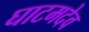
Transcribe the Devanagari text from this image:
घाटमदेव